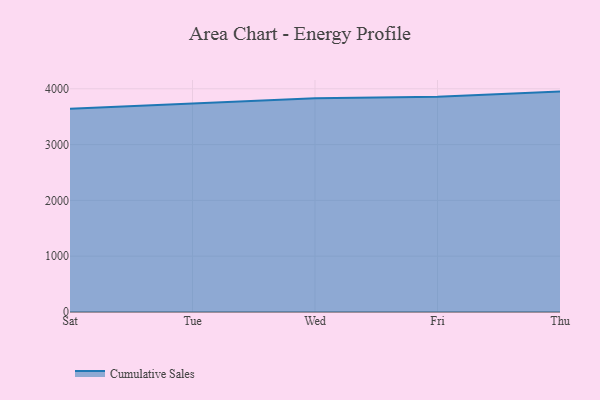
{"axis": {"x": "Day", "y": "Net Income (USD K)"}, "legend": ["Cumulative Sales"], "data": [{"x": "Sat", "y": 3643.1, "type": "Cumulative Sales"}, {"x": "Tue", "y": 3742.8, "type": "Cumulative Sales"}, {"x": "Wed", "y": 3831.6, "type": "Cumulative Sales"}, {"x": "Fri", "y": 3857.0, "type": "Cumulative Sales"}, {"x": "Thu", "y": 3949.7, "type": "Cumulative Sales"}]}